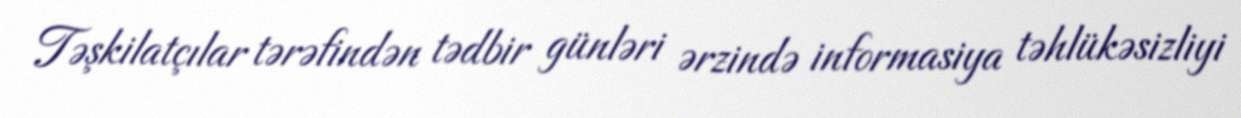
Təşkilatçılar tərəfindən tədbir günləri ərzində informasiya təhlükəsizliyi